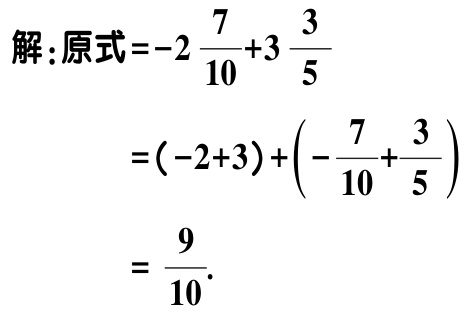
解：原式\(=-2\frac{7}{10}+3\frac{3}{5}\)
\(=(-2 + 3)+(-\frac{7}{10}+\frac{3}{5})\)
\(=\frac{9}{10}\).